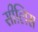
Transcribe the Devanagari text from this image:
सीलिस